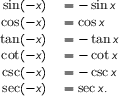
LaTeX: \begin{array} { r l } { \sin ( - x ) } & { { } = - \sin x } \\ { \cos ( - x ) } & { { } = \cos x } \\ { \tan ( - x ) } & { { } = - \tan x } \\ { \cot ( - x ) } & { { } = - \cot x } \\ { \csc ( - x ) } & { { } = - \csc x } \\ { \sec ( - x ) } & { { } = \sec x . } \end{array}